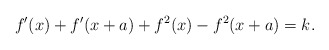
\begin{align*}f^\prime(x)+f^\prime(x+a)+f^2(x)-f^2(x+a)=k.\end{align*}